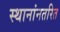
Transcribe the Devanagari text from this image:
स्थानांनतरित